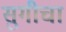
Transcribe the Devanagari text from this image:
सुगीचा